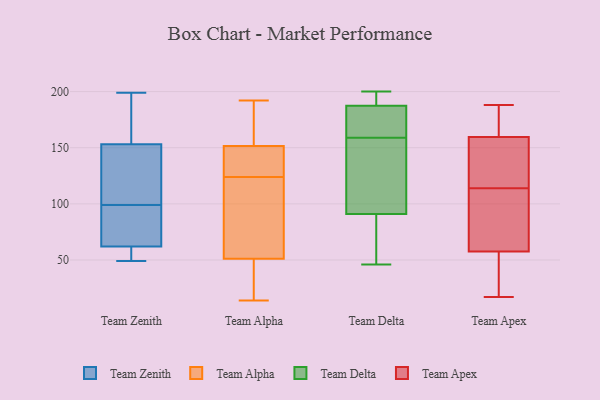
{"axis": {"x": "Website Visitors", "y": "Value"}, "legend": ["Team Alpha", "Team Apex", "Team Delta", "Team Zenith"], "data": [{"x": "", "y": 49, "type": "Team Zenith"}, {"x": "", "y": 74, "type": "Team Zenith"}, {"x": "", "y": 62, "type": "Team Zenith"}, {"x": "", "y": 160, "type": "Team Zenith"}, {"x": "", "y": 55, "type": "Team Zenith"}, {"x": "", "y": 153, "type": "Team Zenith"}, {"x": "", "y": 130, "type": "Team Zenith"}, {"x": "", "y": 174, "type": "Team Zenith"}, {"x": "", "y": 62, "type": "Team Zenith"}, {"x": "", "y": 97, "type": "Team Zenith"}, {"x": "", "y": 199, "type": "Team Zenith"}, {"x": "", "y": 87, "type": "Team Zenith"}, {"x": "", "y": 146, "type": "Team Zenith"}, {"x": "", "y": 199, "type": "Team Zenith"}, {"x": "", "y": 118, "type": "Team Zenith"}, {"x": "", "y": 101, "type": "Team Zenith"}, {"x": "", "y": 63, "type": "Team Zenith"}, {"x": "", "y": 50, "type": "Team Zenith"}, {"x": "", "y": 124, "type": "Team Alpha"}, {"x": "", "y": 14, "type": "Team Alpha"}, {"x": "", "y": 20, "type": "Team Alpha"}, {"x": "", "y": 70, "type": "Team Alpha"}, {"x": "", "y": 164, "type": "Team Alpha"}, {"x": "", "y": 47, "type": "Team Alpha"}, {"x": "", "y": 157, "type": "Team Alpha"}, {"x": "", "y": 54, "type": "Team Alpha"}, {"x": "", "y": 62, "type": "Team Alpha"}, {"x": "", "y": 50, "type": "Team Alpha"}, {"x": "", "y": 135, "type": "Team Alpha"}, {"x": "", "y": 192, "type": "Team Alpha"}, {"x": "", "y": 129, "type": "Team Alpha"}, {"x": "", "y": 133, "type": "Team Alpha"}, {"x": "", "y": 172, "type": "Team Alpha"}, {"x": "", "y": 97, "type": "Team Delta"}, {"x": "", "y": 176, "type": "Team Delta"}, {"x": "", "y": 89, "type": "Team Delta"}, {"x": "", "y": 189, "type": "Team Delta"}, {"x": "", "y": 200, "type": "Team Delta"}, {"x": "", "y": 183, "type": "Team Delta"}, {"x": "", "y": 159, "type": "Team Delta"}, {"x": "", "y": 46, "type": "Team Delta"}, {"x": "", "y": 115, "type": "Team Delta"}, {"x": "", "y": 199, "type": "Team Delta"}, {"x": "", "y": 68, "type": "Team Delta"}, {"x": "", "y": 165, "type": "Team Apex"}, {"x": "", "y": 114, "type": "Team Apex"}, {"x": "", "y": 157, "type": "Team Apex"}, {"x": "", "y": 126, "type": "Team Apex"}, {"x": "", "y": 43, "type": "Team Apex"}, {"x": "", "y": 162, "type": "Team Apex"}, {"x": "", "y": 186, "type": "Team Apex"}, {"x": "", "y": 17, "type": "Team Apex"}, {"x": "", "y": 188, "type": "Team Apex"}, {"x": "", "y": 114, "type": "Team Apex"}, {"x": "", "y": 56, "type": "Team Apex"}, {"x": "", "y": 110, "type": "Team Apex"}, {"x": "", "y": 20, "type": "Team Apex"}, {"x": "", "y": 59, "type": "Team Apex"}, {"x": "", "y": 156, "type": "Team Apex"}, {"x": "", "y": 88, "type": "Team Apex"}]}